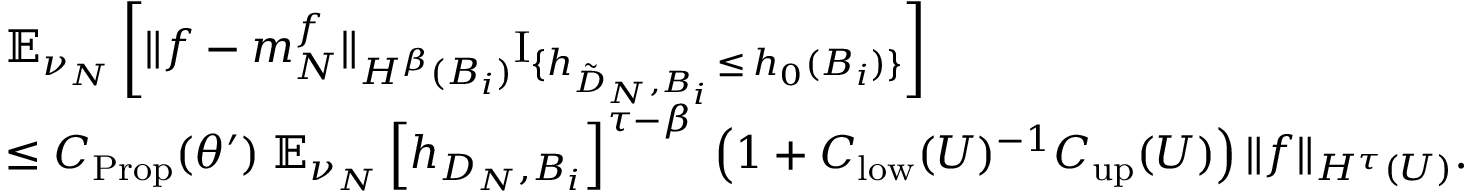
\begin{array} { r l } & { \mathbb { E } _ { \nu _ { N } } \left[ \| f - m _ { N } ^ { f } \| _ { H ^ { \beta } ( B _ { i } ) } \mathrm { I } _ { \{ h _ { \tilde { D } _ { N } , B _ { i } } \, \leq \, h _ { 0 } ( B _ { i } ) \} } \right] } \\ & { \leq C _ { \mathrm { P r o p } } ( \theta ^ { \prime } ) \; \mathbb { E } _ { \nu _ { N } } \left[ h _ { D _ { N } , B _ { i } } \right] ^ { \tau - \beta } \; \left( 1 + C _ { \mathrm { l o w } } ( U ) ^ { - 1 } C _ { \mathrm { u p } } ( U ) \right) \| f \| _ { H ^ { \tau } ( U ) } . } \end{array}